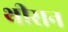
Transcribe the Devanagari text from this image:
थीसन